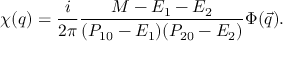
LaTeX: \chi ( q ) = \frac { i } { 2 \pi } \frac { M - E _ { 1 } - E _ { 2 } } { ( P _ { 1 0 } - E _ { 1 } ) ( P _ { 2 0 } - E _ { 2 } ) } \Phi ( \vec { q } ) .